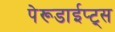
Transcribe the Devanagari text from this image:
पेरूडाईप्ट्स